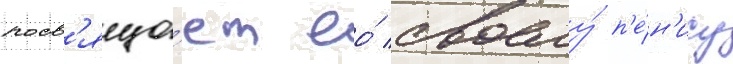
посв'яща́ет ео́ своему́ п'е́н'ису